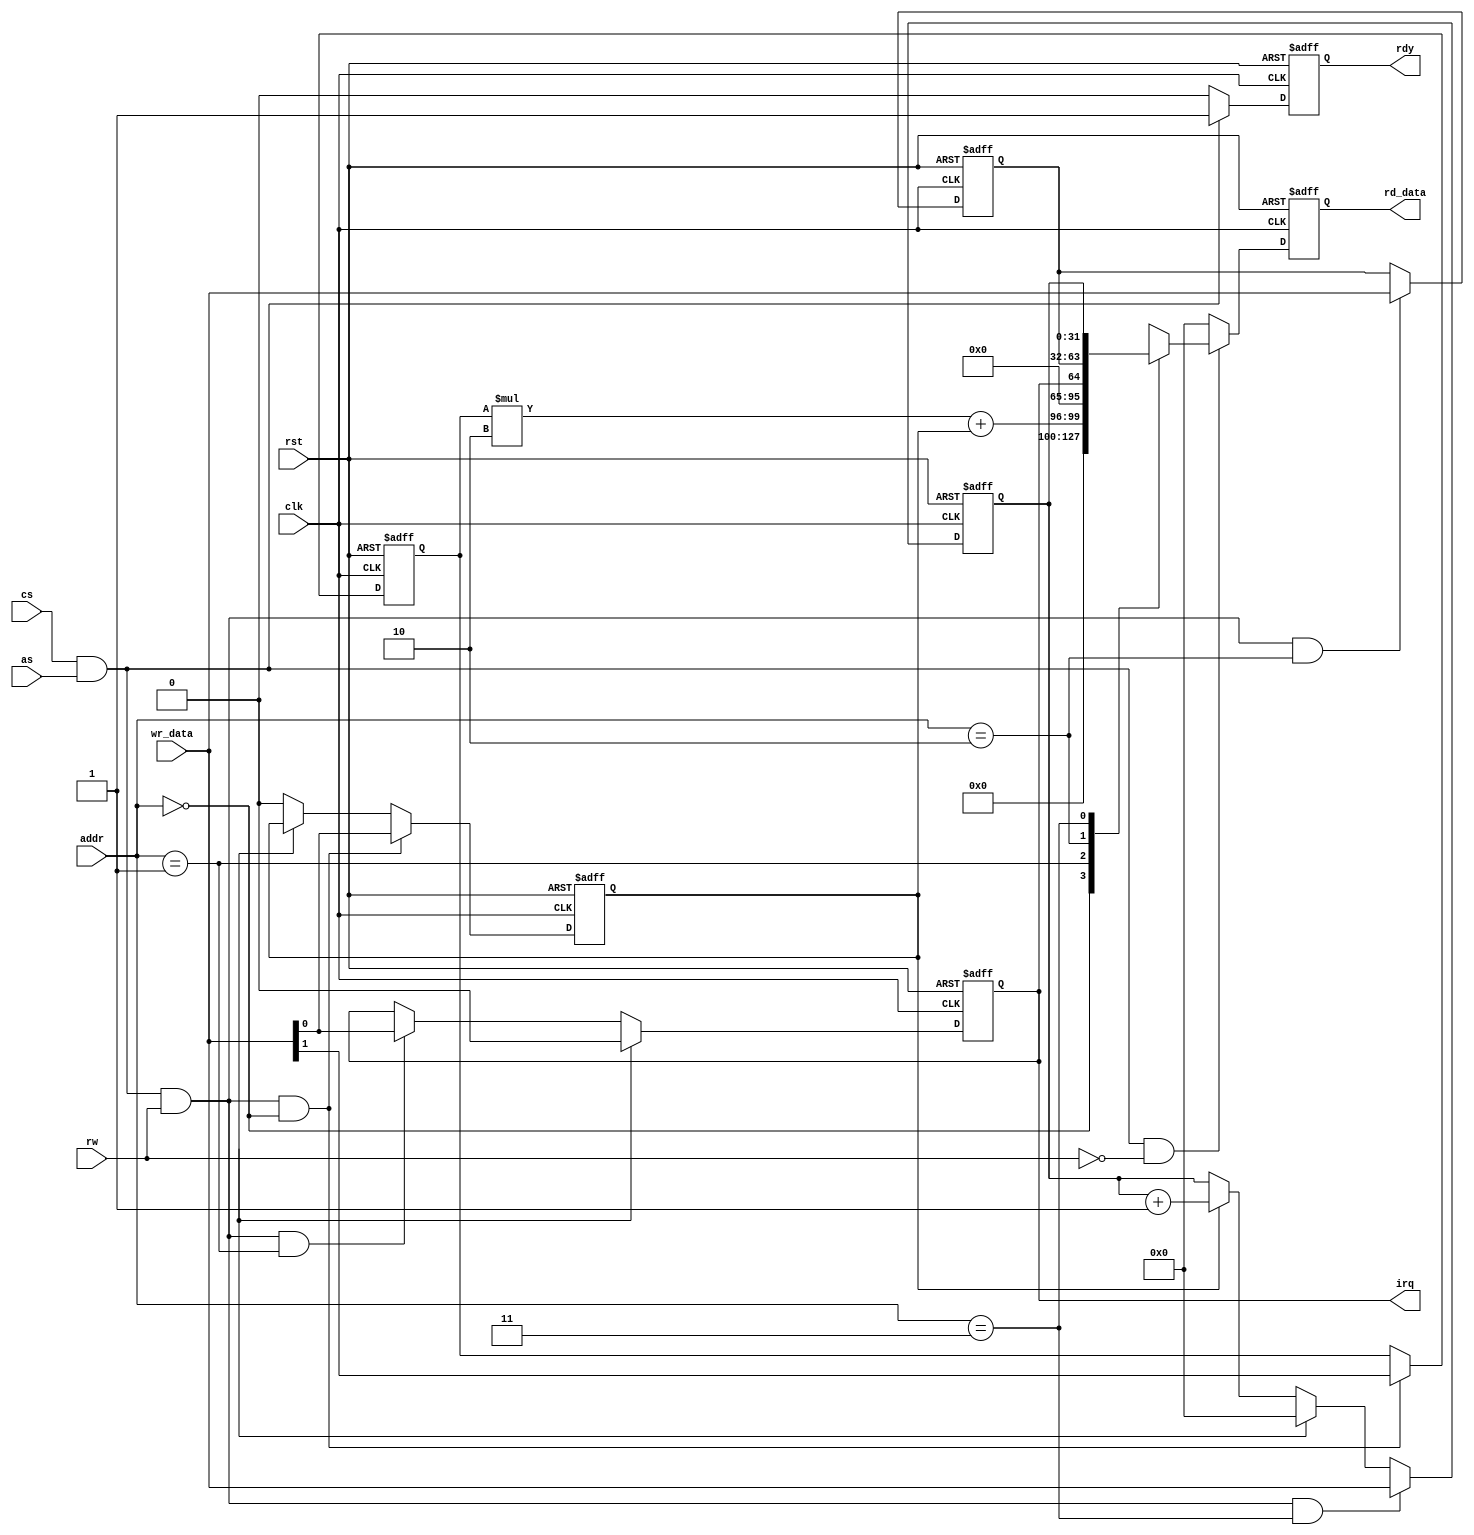
`timescale 1ns / 1ps
//////////////////////////////////////////////////////////////////////////////////
// Company:
// Engineer:
//
// Design Name:
// Module Name: timer
// Project Name:
// Target Devices:
// Tool Versions:
// Description:
//
// Dependencies:
//
// Revision:
// Revision 0.01 - File Created
// Additional Comments:
//
//////////////////////////////////////////////////////////////////////////////////


`define WORD 32  // 1word
`define WORD_ADDR_W 30  // address width 1word

`define WORD_MSB `WORD-1
`define WORD_ADDR_MSB `WORD_ADDR_W-1

module timer(
    input clk,
    input rst,

    //access from bus
    input cs,
    input as,
    input rw,
    input [1:0]addr,//0:mode,start 1:irq,2:expr,3:counter

    input [`WORD_MSB:0]wr_data,
    output reg[`WORD_MSB:0]rd_data,
    output reg rdy,
    output reg irq
    );
reg mode,start;
reg[`WORD_MSB:0]expr_val,counter;
wire expr_flg;

always@(posedge clk or negedge rst)begin
  if(~rst)begin
    rd_data<=0;
    rdy<=0;
    irq<=0;
    expr_val<=0;
    counter<=0;
    mode<=0;
    start<=0;
  end
  else begin

    if(cs&&as && ~rw)begin//read access
    case(addr)
      0:rd_data<=mode*2+start;//{{`WORD-2}{1'b0},mode,start};
      1:rd_data<=irq;//{{`WORD-1}{1'b0},irq};
      2:rd_data<=expr_val;
      3:rd_data<=counter;
    endcase
    end
    else rd_data<=0;

    //write access
    if(cs&&as && rw && addr==0)begin
        start<=wr_data[0];
        mode<=wr_data[1];
    end
    else if(~expr_flg)start<=0;

    if(expr_flg)irq<=0;
    else if(cs&&as&&rw&&addr==1)irq<=wr_data[0];

    if(cs&&as&&rw&&addr==2)expr_val<=wr_data;

    if(cs&&as&&rw&&addr==3)counter<=wr_data;
    else if(expr_flg)counter<=0;
    else if(start)counter<=counter+1;

    if(cs&&as)rdy<=1;
    else rdy<=0;

  end
end
endmodule